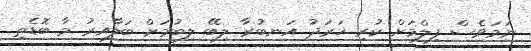
ނަމަވެސް ފިލްމަށް ކުރި ޚަރަދު އަނބުރާ ލިބޭ ލިބުމަށް ބަލާއިރު މާ ބޮޑެތި